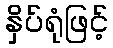
နှိပ်ရုံဖြင့်